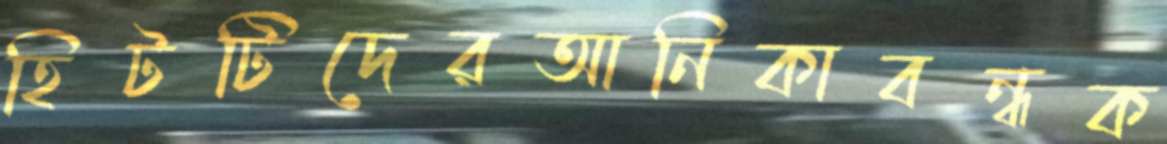
হিটটিদেরআনিকাবন্ধক